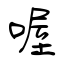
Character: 喔